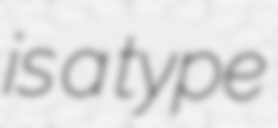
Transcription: is a type